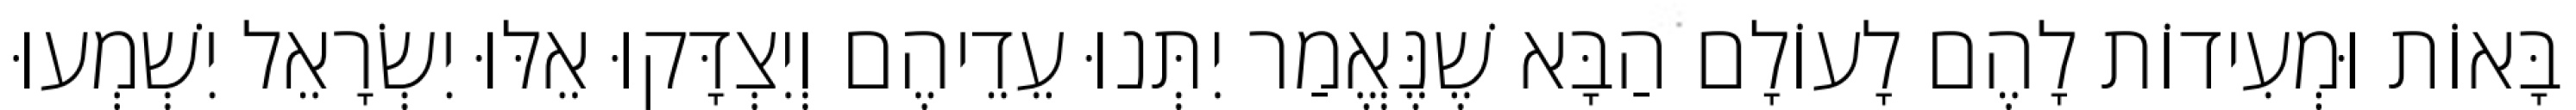
בָּאוֹת וּמְעִידוֹת לָהֶם לָעוֹלָם הַבָּא שֶׁנֶּאֱמַר יִתְּנוּ עֵדֵיהֶם וְיִצְדָּקוּ אֵלּוּ יִשְׂרָאֵל יִשְׁמְעוּ